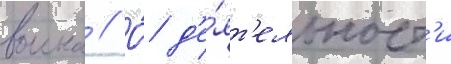
воина // О́ д'е́ят'ельност'и